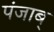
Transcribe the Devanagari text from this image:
पंजाब्